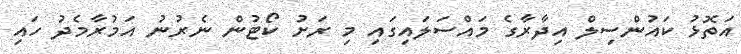
އަތޮޅު ކައުންސިލް އިދާރާގެ މައްސަލައިގައި މި ރަށު ކޯޓުން ނެރުނު އަމުރާމެދު ހައި